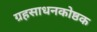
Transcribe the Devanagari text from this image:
ग्रहसाधनकोष्ठक